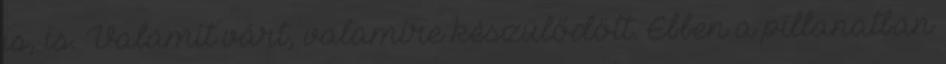
is, is. Valamit várt, valamire készülődött. Ebben a pillanatban